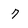
Character: 7